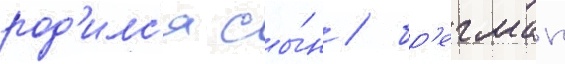
род'илс'я сы́н / бр'егман